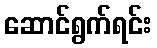
ဆောင်ရွက်ရင်း